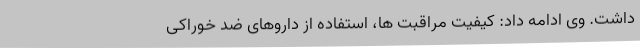
داشت. وی ادامه داد: کیفیت مراقبت ها، استفاده از داروهای ضد خوراکی